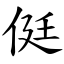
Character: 侹